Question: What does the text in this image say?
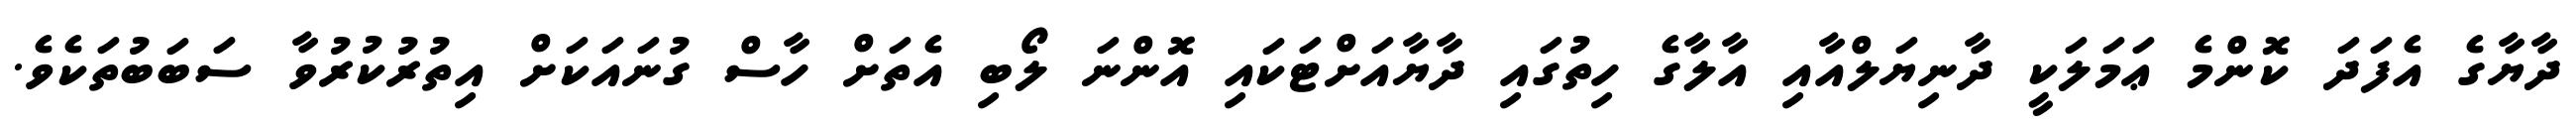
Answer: ދާޔާގެ އެފަދަ ކޮންމެ ޢަމަލަކީ ދާނިޔަލްއާއި އާލާގެ ހިތުގައި ދާޔާއަށްޓަކައި އޮންނަ ލޯބި އެތަށް ހާސް ގުނައަކަށް އިތުރުކުރުވާ ސަބަބުތަކެވެ.